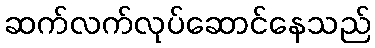
ဆက်လက်လုပ်ဆောင်နေသည်